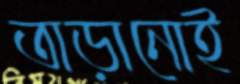
তাড়ানোই